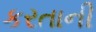
કરતાની